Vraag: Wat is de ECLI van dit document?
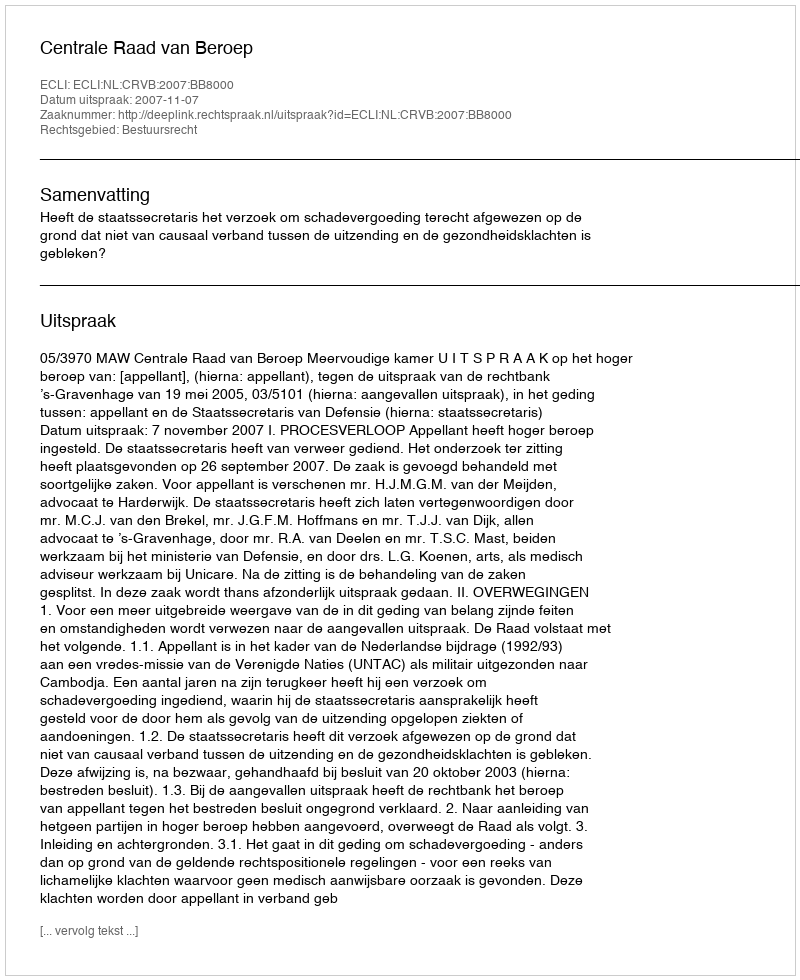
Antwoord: ECLI:NL:CRVB:2007:BB8000